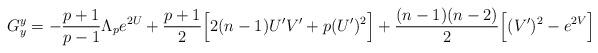
LaTeX: \begin{align*}G_y^y=-\frac{p+1}{p-1}\Lambda_p e^{2U}+\frac{p+1}{2}\Big[2(n-1) U' V' + p (U')^2\Big] +\frac{(n-1)(n-2)}{2}\Big[(V')^2-e^{2V}\Big]\end{align*}